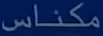
مكناس